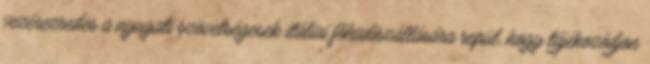
vezérezredes a nyugati szövetségesek itáliai fõhadiszállására repül, hogy tájékozódjon